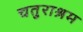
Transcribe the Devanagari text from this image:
चतुराश्रम